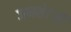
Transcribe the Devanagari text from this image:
जमसेटजी